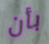
بأن